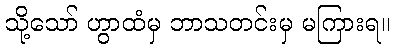
သို့သော် ဟွာထံမှ ဘာသတင်းမှ မကြားရ။